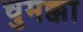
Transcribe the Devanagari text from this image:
चुमक्का